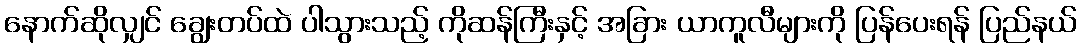
နောက်ဆိုလျှင် ချွေးတပ်ထဲ ပါသွားသည့် ကိုဆန်ကြီးနှင့် အခြား ယာကူလီများကို ပြန်ပေးရန် ပြည်နယ်